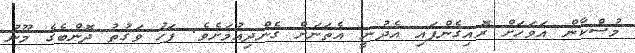
މުސްކާން އަވަހަށް ރޮއިގެންފައި އެދުނީ އެތަނަށް ގެންދިއުމަށެވެ. ފަހު ވަގުތު ދޮންބެގެ މޫނު